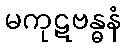
မကုဋဗန္ဓနံ